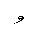
Letter: _waw